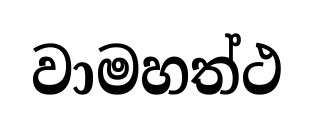
වාමහත්ථ